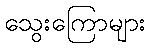
သွေးကြောများ